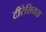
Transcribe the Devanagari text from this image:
टीरेसियस